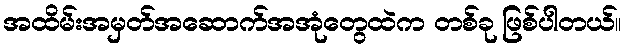
အထိမ်းအမှတ်အဆောက်အအုံတွေထဲက တစ်ခု ဖြစ်ပါတယ်။